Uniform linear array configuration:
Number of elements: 32
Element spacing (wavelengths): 0.75
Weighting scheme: blackman
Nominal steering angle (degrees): -30
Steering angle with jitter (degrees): -31.665
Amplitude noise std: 0.05
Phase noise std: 0.05

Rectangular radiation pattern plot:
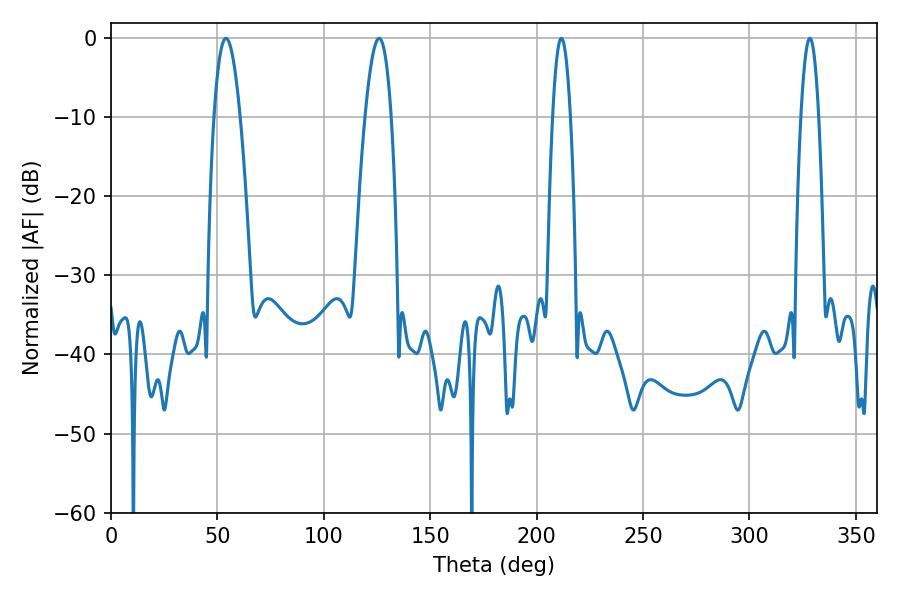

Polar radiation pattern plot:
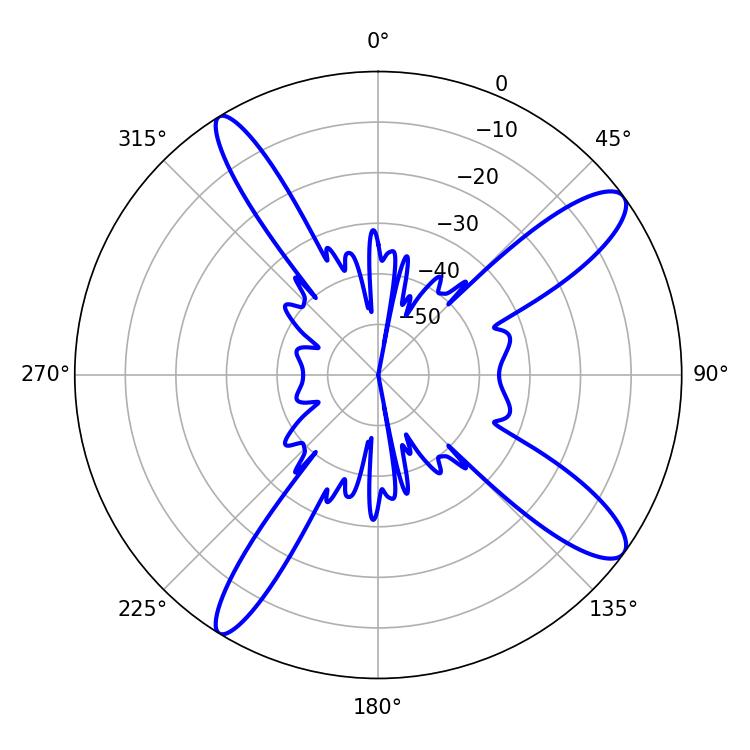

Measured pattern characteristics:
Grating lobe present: TRUE
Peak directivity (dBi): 12.396
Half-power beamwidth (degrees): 6.84
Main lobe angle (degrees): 54